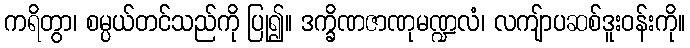
ကရိတွာ၊ စမ္ပယ်တင်သည်ကို ပြု၍။ ဒက္ခိဏဇာဏုမဏ္ဍလံ၊ လကျ်ာပဆစ်ဒူးဝန်းကို။